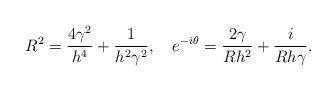
LaTeX: \begin{align*}R^2={4\gamma^2\over h^4}+{1\over h^2\gamma^2},\quad e^{-i\theta}={2\gamma\over Rh^2}+{i\over R h\gamma}.\end{align*}